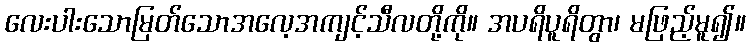
လေးပါးသောမြတ်သောအလေ့အကျင့်သီလတို့ကို။ အပရိပူရိတွာ၊ မဖြည့်မူ၍။